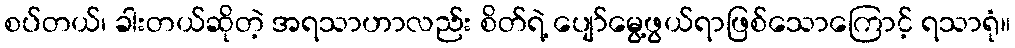
စပ်တယ်၊ ခါးတယ်ဆိုတဲ့ အရသာဟာလည်း စိတ်ရဲ့ ပျော်မွေ့ဖွယ်ရာဖြစ်သောကြောင့် ရသာရုံ။